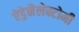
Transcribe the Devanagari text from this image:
ऐड्रेनैलेक्टोमी